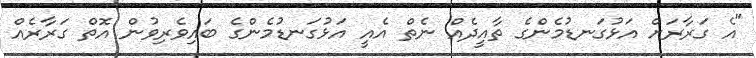
"އެ ގަރާރަށް އަޅުގަނޑުމެންގެ ތާއީދެއް ނެތް އެއީ އަޅުގަނޑުމެންގެ ބައިވެރިވުން އޮތް ގަރާރެއް